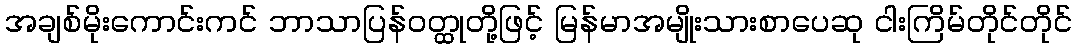
အချစ်မိုးကောင်းကင် ဘာသာပြန်ဝတ္ထုတို့ဖြင့် မြန်မာအမျိုးသားစာပေဆု ငါးကြိမ်တိုင်တိုင်